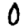
Digit: 0